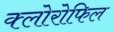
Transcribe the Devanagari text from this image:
क्‍लोरोफिल